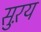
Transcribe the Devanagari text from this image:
सुऱय